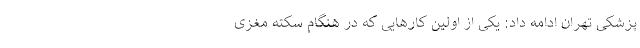
پزشکی تهران ادامه داد: یکی از اولین کارهایی که در هنگام سکته مغزی